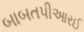
બાબતપીઆરઈ